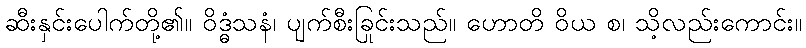
ဆီးနှင်းပေါက်တို့၏။ ဝိဒ္ဓံသနံ၊ ပျက်စီးခြင်းသည်။ ဟောတိ ဝိယ စ၊ သို့လည်းကောင်း။